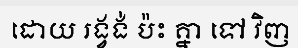
ដោយ រង្វង់ ប៉ះ គ្នា ទៅ វិញ